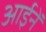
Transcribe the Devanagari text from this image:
आईनें